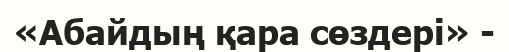
«Абайдың қара сөздері» -